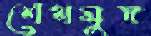
শেখমুস